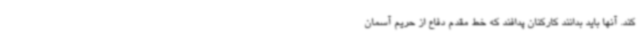
کند. آنها باید بدانند کارکنان پدافند که خط مقدم دفاع از حریم آسمان